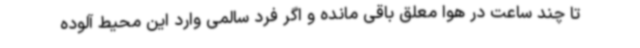
تا چند ساعت در هوا معلق باقی مانده و اگر فرد سالمی وارد این محیط آلوده